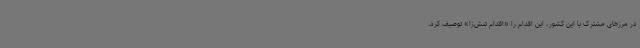
در مرزهای مشترک با این کشور، این اقدام را «اقدام تنش‌زا» توصیف کرد.